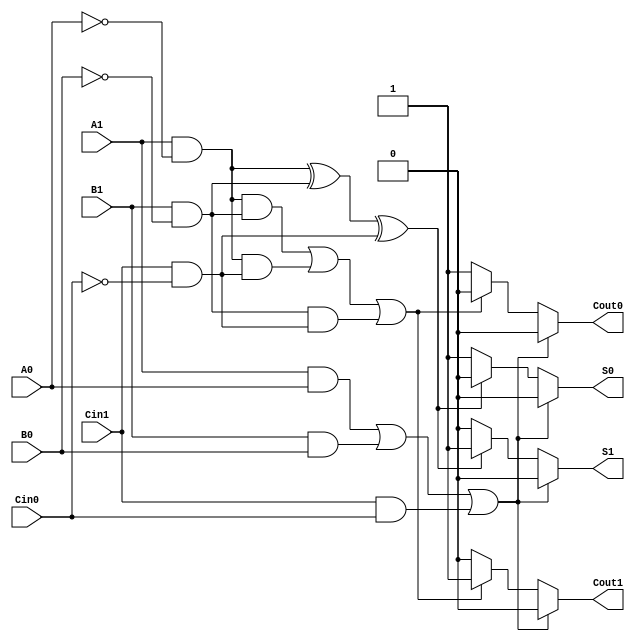
module dual_rail_full_adder (
    input  A1, A0,    // Dual-rail representation of input A
    input  B1, B0,    // Dual-rail representation of input B
    input  Cin1, Cin0, // Dual-rail representation of carry input Cin
    output reg S1, S0, // Dual-rail representation of sum output S
    output reg Cout1, Cout0 // Dual-rail representation of carry output Cout
);
    
    // Internal wires to hold computed values
    wire A = A1 && !A0; // Decode A from dual-rail
    wire B = B1 && !B0; // Decode B from dual-rail
    wire Cin = Cin1 && !Cin0; // Decode Cin from dual-rail

    // Logic to compute the sum S and carry-out Cout
    always @(*) begin
        // Default outputs (invalid states)
        S1 = 0; S0 = 1; // Default S = 0 (valid state) is set to 0,1
        Cout1 = 0; Cout0 = 1; // Default Cout = 0 is set to 0,1

        // Check for invalid states
        if ((A1 && A0) || (B1 && B0) || (Cin1 && Cin0)) begin
            // Handle invalid input states: Both rails can't be high or low simultaneously
            S1 = 0; S0 = 0; // Invalid output
            Cout1 = 0; Cout0 = 0; // Invalid output
        end else begin
            // Compute the sum and carry based on A, B, and Cin
            if ((A && B) || (A && Cin) || (B && Cin)) begin
                // Compute carry out
                Cout1 = 1; 
                Cout0 = 0; // Valid carry out is 1
            end else begin
                Cout1 = 0; 
                Cout0 = 1; // Valid carry out is 0
            end

            // Compute the sum using XOR logic
            if (A ^ B ^ Cin) begin
                S1 = 1; 
                S0 = 0; // Valid sum is 1
            end else begin
                S1 = 0; 
                S0 = 1; // Valid sum is 0
            end
        end
    end
endmodule